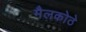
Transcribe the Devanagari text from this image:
मैलकोठे